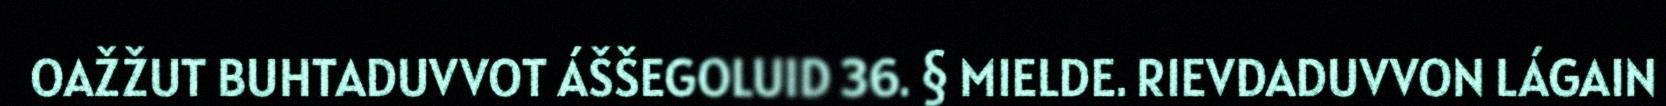
OAŽŽUT BUHTADUVVOT ÁŠŠEGOLUID 36. § MIELDE. RIEVDADUVVON LÁGAIN